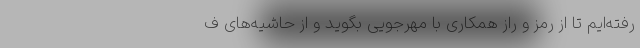
رفته‌ایم تا از رمز و راز همکاری با مهرجویی بگوید و از حاشیه‌های ف